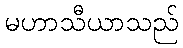
မဟာသီယာသည်